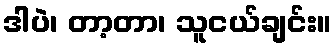
ဒါပဲ၊ တာ့တာ၊ သူငယ်ချင်း။